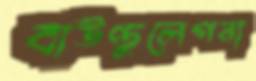
বাউণ্ডুলেপনা